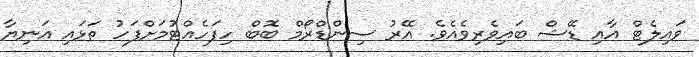
ވައިލެޓް އާއި ޑޭޝް ބައިވެރިވެއެވެ. އޭރު ސިންޑްރޯމް ބޮބް ހިފަހެއްޓުމަށްފަހު ތަޅައި އަނިޔާ